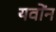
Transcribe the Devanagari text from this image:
यवोंन